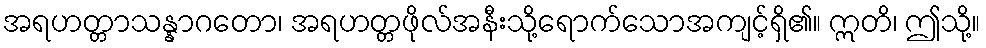
အရဟတ္တာသန္နာဂတော၊ အရဟတ္တဖိုလ်အနီးသို့ရောက်သောအကျင့်ရှိ၏။ ဣတိ၊ ဤသို့။